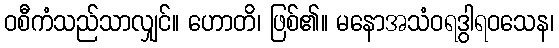
ဝစီကံသည်သာလျှင်။ ဟောတိ၊ ဖြစ်၏။ မနောအသံဝရဒွါရဝသေန၊